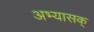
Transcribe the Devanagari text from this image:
अभ्यासक्